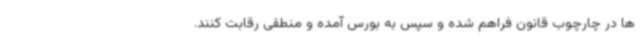
ها در چارچوب قانون فراهم شده و سپس به بورس آمده و منطقی رقابت کنند.